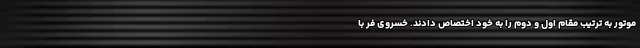
موتور به ترتیب مقام اول و دوم را به خود اختصاص دادند. خسروی فر با